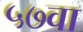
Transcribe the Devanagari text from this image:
५७वा